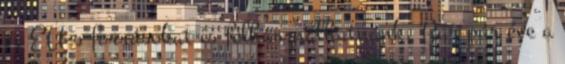
és EU-s forrásokat is felhasználhatnánk. Bár pár éve a